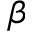
\beta